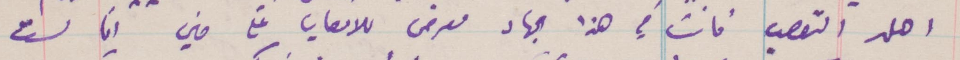
اهل التعصب فانت في هذا الجهاد معرض للاعصاب في حين انا لست